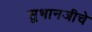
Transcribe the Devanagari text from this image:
सुभानजीचे